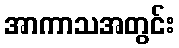
အာကာသအတွင်း